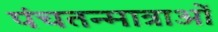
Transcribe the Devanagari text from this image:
पंचतन्मात्राओं